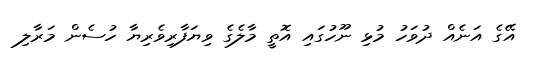
އޭގެ އަނެއް ދުވަހު މުޅި ނޫހުގައި އޮތީ މާލެގެ ވިޔަފާރިވެރިޔާ ހުސެން މަރާލި